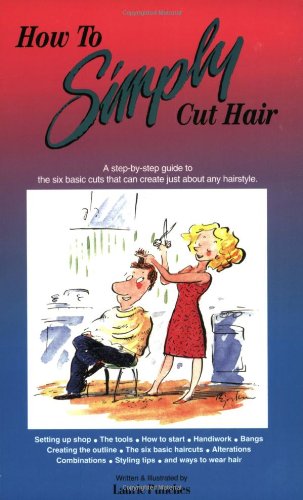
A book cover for How to Simply Cut Hair; Laurie C. Punches; Teen & Young Adult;